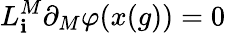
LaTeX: L_{\mathbf{i}}^{M}\partial_{M}\varphi(x(g))=0